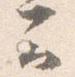
云